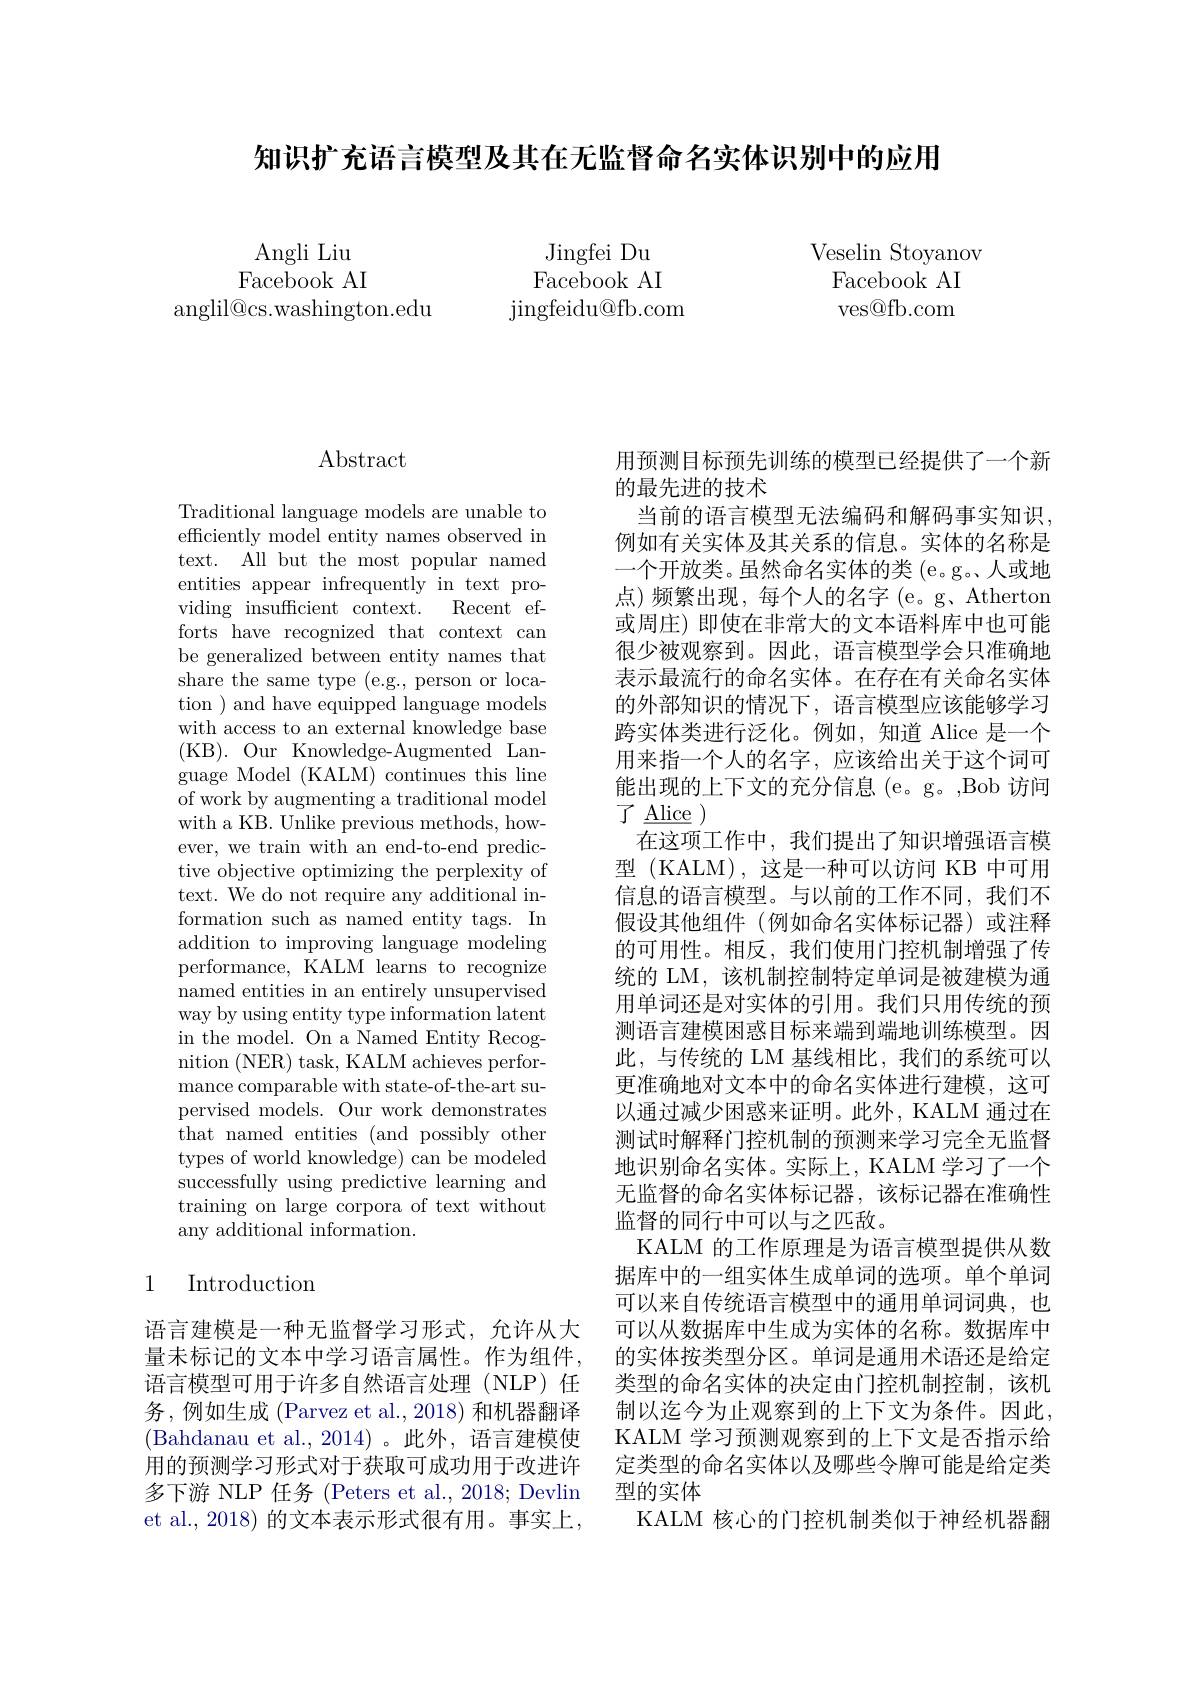
知识扩充语言模型及其在无监督命名实体识别中的应用

Angli Liu Facebook AI
anglil@cs.washington.edu

Jingfei Du Facebook AI
jingfeidu@ fb. com

Veselin Stoyanov
Facebook AI ves@fb.com

# Abstract

Traditional language models are unable to efficiently model entity names observed in text. All but the most popular named entities appear infrequently in text providing insufficient context. Recent efforts have recognized that context can be generalized between entity names that share the same type ( e. g. , person or loca- tion ) and have equipped language models with access to an external knowledge base (KB).Our Knowledge- Augmented Lan- guage Model (KALM) continues this line of work by augmenting a traditional model with a KB. Unlike previous methods, however, we train with an end-to-end predictive objective optimizing the perplexity of text. We do not require any additional information such as named entity tags. In addition to improving language modeling performance, ${\dot{\text{KALM learns to recognize}}}$ named entities in an entirely unsupervised way by using entity type information latent in the model. On a Named Entity Recognition (NER) task, KALM achieves performance comparable with state- of- the- art su- pervised models. Our work demonstrates that named entities (and possibly other types of world knowledge) can be modeled successfully using predictive learning and training on large corpora of text without any additional information.

## 1 Introduction

语言建模是一种无监督学习形式，允许从大量未标记的文本中学习语言属性。作为组件， 语言模型可用于许多自然语言处理(NLP)任务，例如生成(Parvez et al.,2018) 和机器翻译(Bahdanau et al.,2014)。此外，语言建模使用的预测学习形式对于获取可成功用于改进许多下游 NLP 任务 (Peters et al., 2018; Devlin et al., 2018) 的文本表示形式很有用。事实上，

用预测目标预先训练的模型已经提供了一个新
的最先进的技术
当前的语言模型无法编码和解码事实知识例如有关实体及其关系的信息。实体的名称是一个开放类。虽然命名实体的类 (e。g。人或地点)频繁出现，每个人的名字(e。g、Atherton 或周庄) 即使在非常大的文本语料库中也可能很少被观察到。因此，语言模型学会只准确地表示最流行的命名实体。在存在有关命名实体的外部知识的情况下，语言模型应该能够学习跨实体类进行泛化。例如，知道 Alice 是一个用来指一个人的名字，应该给出关于这个词可能出现的上下文的充分信息 (e。g。,Bob 访问${\mathrm{了}}{\mathrm{~Alice}})$
在这项工作中，我们提出了知识增强语言模型 (KALM),这是一种可以访问 KB 中可用信息的语言模型。与以前的工作不同，我们不假设其他组件(例如命名实体标记器)或注释的可用性。相反，我们使用门控机制增强了传统的 LM,该机制控制特定单词是被建模为通用单词还是对实体的引用。我们只用传统的预测语言建模困惑目标来端到端地训练模型。因此，与传统的 LM 基线相比，我们的系统可以更准确地对文本中的命名实体进行建模，这可以通过减少困惑来证明。此外，KALM 通过在测试时解释门控机制的预测来学习完全无监督地识别命名实体。实际上，KALM 学习了一个无监督的命名实体标记器，该标记器在准确性监督的同行中可以与之匹敌。
KALM 的工作原理是为语言模型提供从数据库中的一组实体生成单词的选项。单个单词可以来自传统语言模型中的通用单词词典，也可以从数据库中生成为实体的名称。数据库中的实体按类型分区。单词是通用术语还是给定类型的命名实体的决定由门控机制控制，该机制以迄今为止观察到的上下文为条件。因此， KALM 学习预测观察到的上下文是否指示给定类型的命名实体以及哪些令牌可能是给定类型的实体
KALM 核心的门控机制类似于神经机器翻